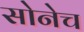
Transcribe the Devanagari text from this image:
सोनेच